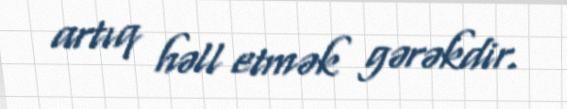
artıq həll etmək gərəkdir.